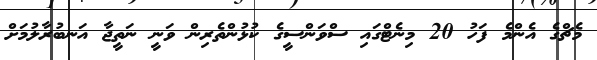
މެޗްގެ އެންމެ ފަހު 20 މިނެޓްގައި ސްވަންސީގެ ކުޅުންތެރިން ވަނީ ނަތީޖާ އަނބުރާލުމަށް